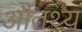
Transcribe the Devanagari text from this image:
औतथ्य